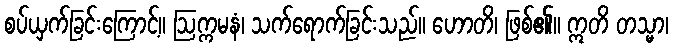
စပ်ယှက်ခြင်းကြောင့်။ ဩက္ကမနံ၊ သက်ရောက်ခြင်းသည်။ ဟောတိ၊ ဖြစ်၏။ ဣတိ တသ္မာ၊